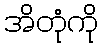
အိတုံကို